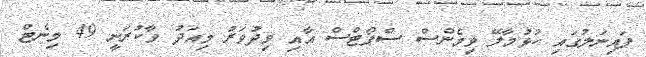
ފައިނަލުގައި ހުޅުމާލޭ ވިމެންސް ސްޕޯޓްސް އާއި ވިދުވަރު މިއަދު ވާކުރަނީ 49 މިނެޓް